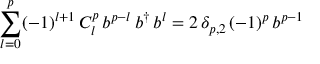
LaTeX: \sum _ { l = 0 } ^ { p } ( - 1 ) ^ { l + 1 } \, C _ { l } ^ { p } \, b ^ { p - l } \, b ^ { \dag } \, b ^ { l } = 2 \, \delta _ { p , 2 } \, ( - 1 ) ^ { p } \, b ^ { p - 1 }